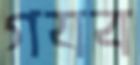
গযব